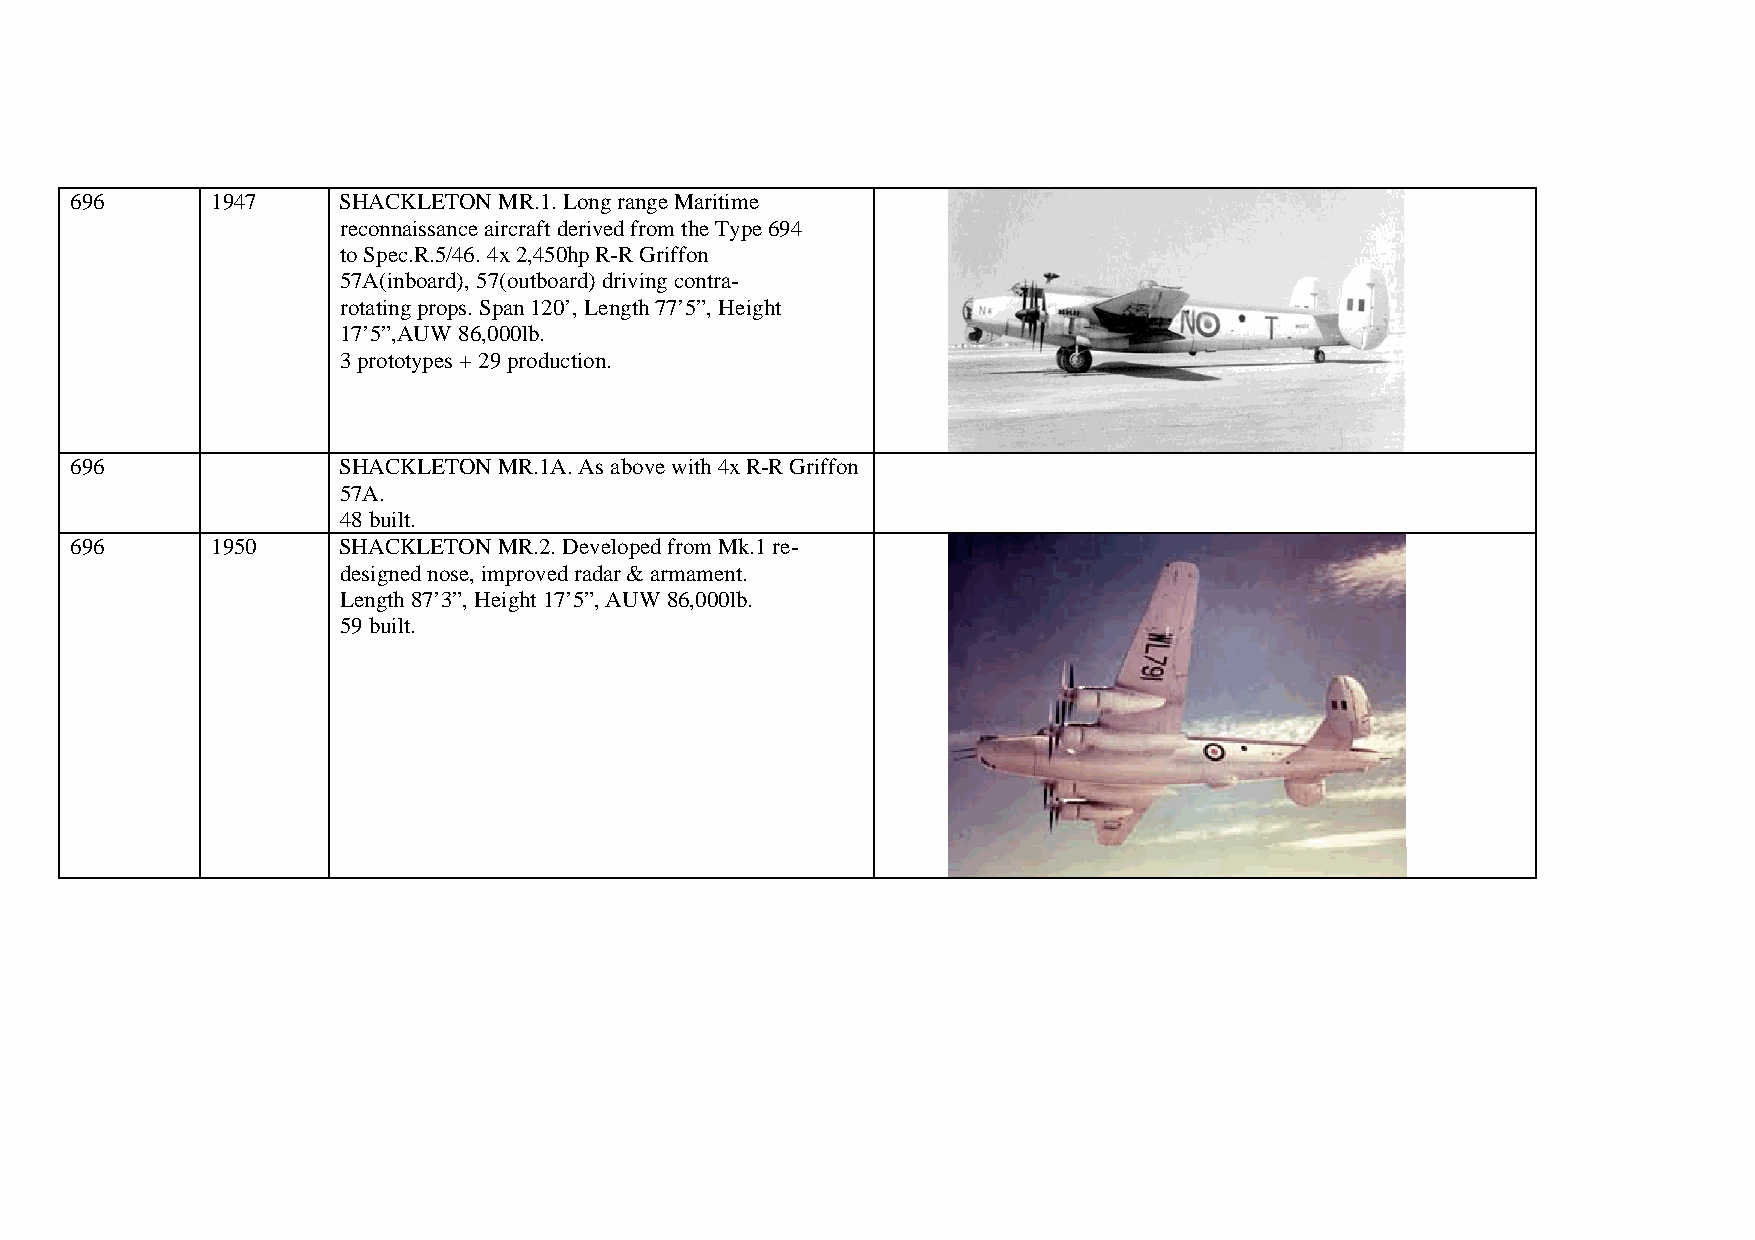
696      1947    SHACKLETON MR.1. Long range Maritime
 reconnaissance aircraft derived from the Type 694
 to Spec.R.5/46. 4x 2,450hp R-R Griffon
 57A(inboard), 57(outboard) driving contra-
 rotating props. Span 120’, Length 77’5”, Height
 17’5”,AUW 86,000lb.
 3 prototypes + 29 production.
 696              SHACKLETON MR.1A. As above with 4x R-R Griffon
 57A.
 48 built.
 696      1950    SHACKLETON MR.2. Developed from Mk.1 re-
 designed nose, improved radar & armament.
 Length 87’3”, Height 17’5”, AUW 86,000lb.
 59 built.